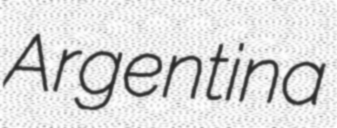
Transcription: Argentina